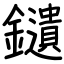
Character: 𨯯